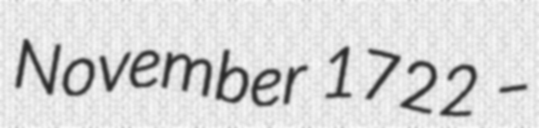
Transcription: November 1722 –